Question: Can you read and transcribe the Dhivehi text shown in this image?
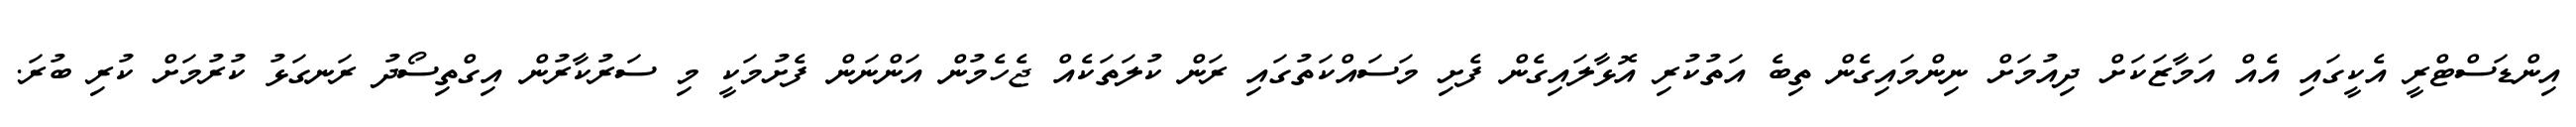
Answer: އިންޑަސްޓްރީ އެކީގައި އެއް އަމާޒަކަށް ދިއުމަށް ނިންމައިގެން ތިބެ އަތުކުރި އޮޅާލައިގެން ފެށި މަސައްކަތުގައި ރަން ކުލަތަކެއް ޖެހެމުން އަންނަން ފެށުމަކީ މި ސަރުކާރުން އިގްތިސޯދު ރަނގަޅު ކުރުމަށް ކުރި ބުރަ.